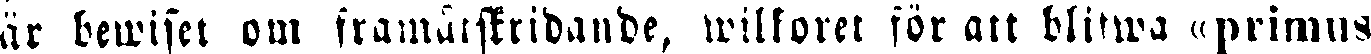
är bewiset om framåtskridande, wilkoret för att blifwa « primus